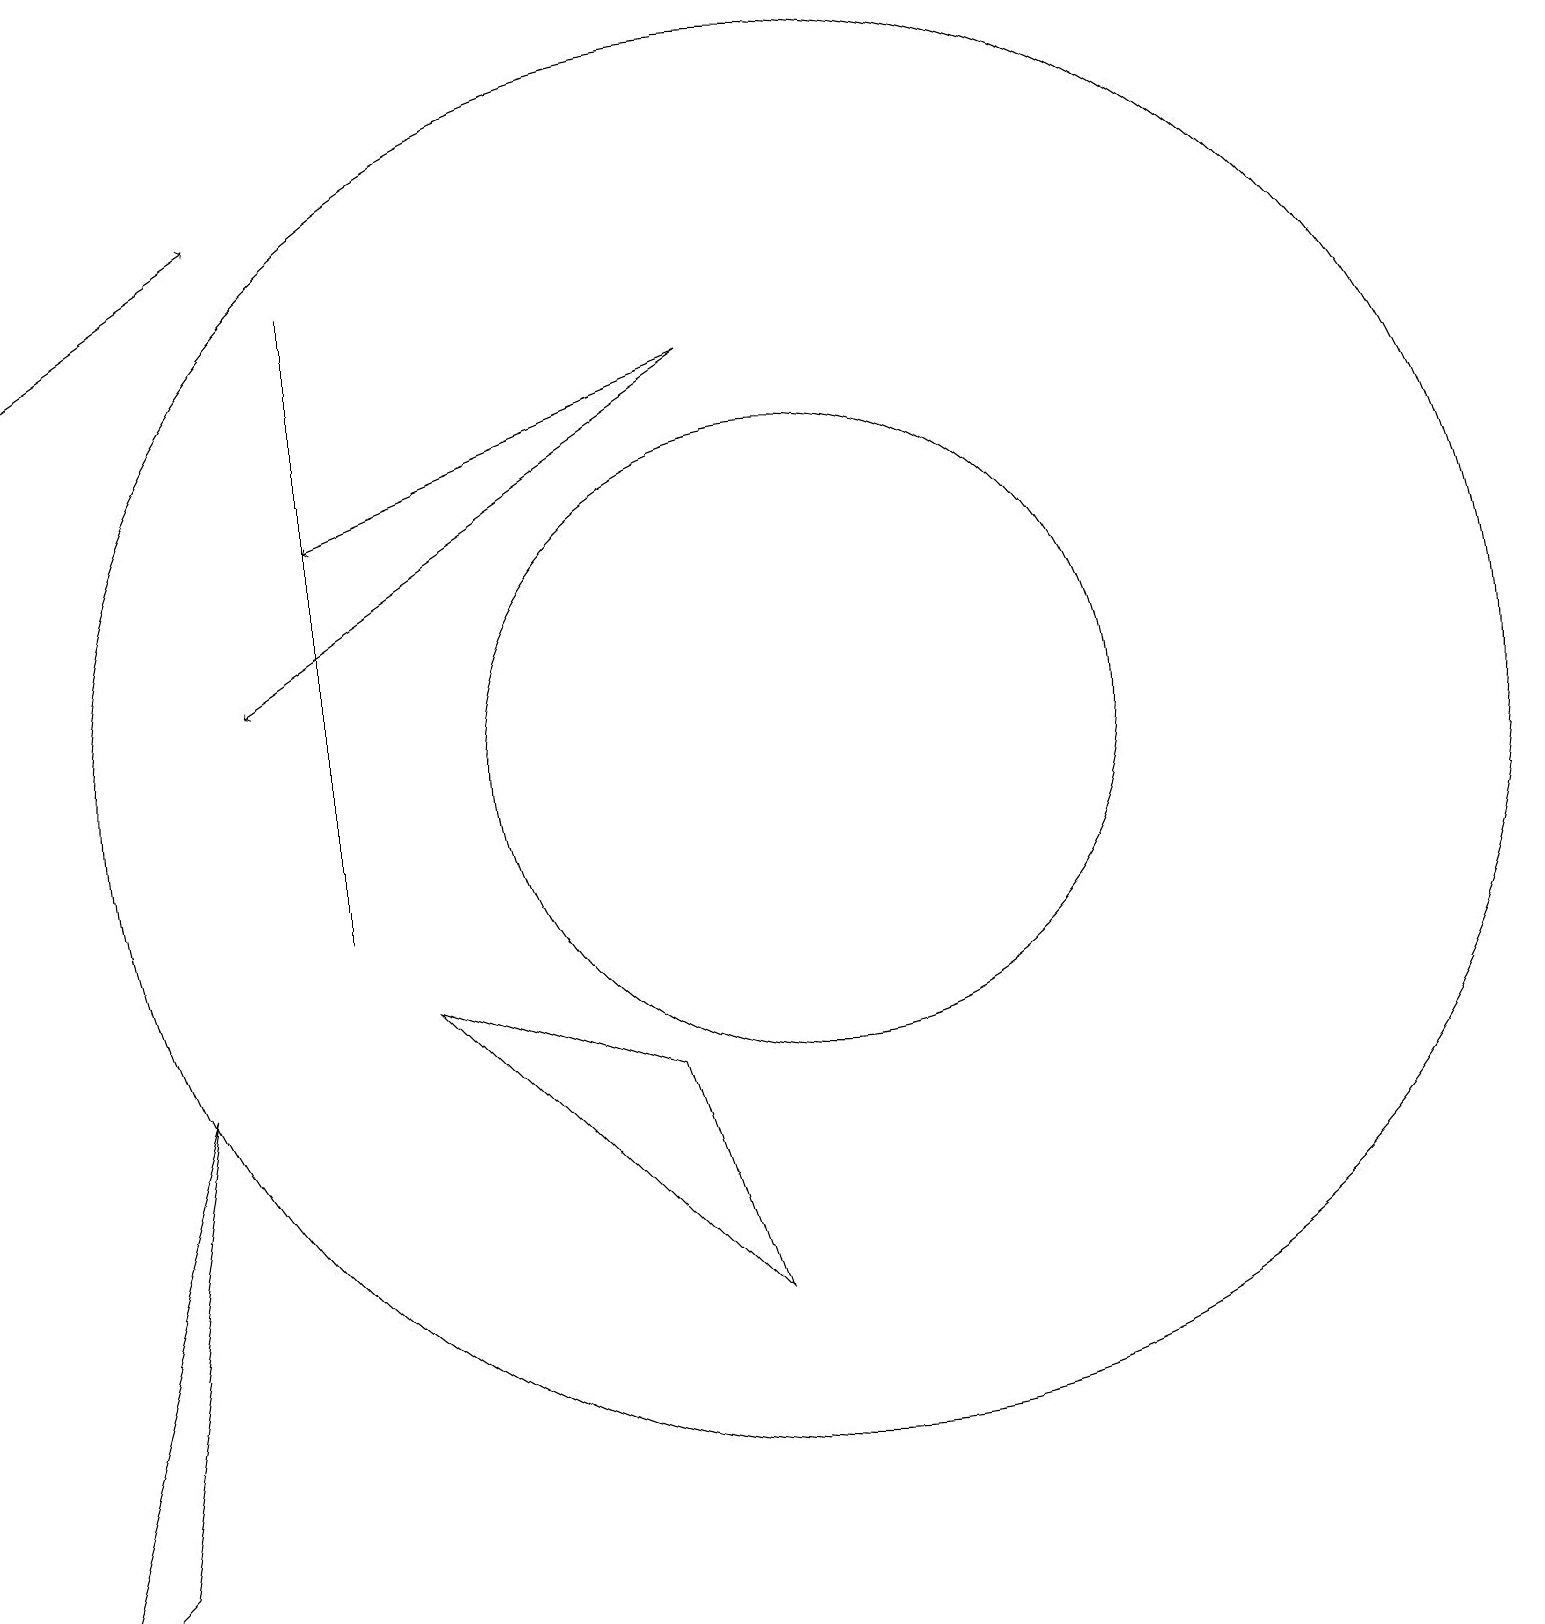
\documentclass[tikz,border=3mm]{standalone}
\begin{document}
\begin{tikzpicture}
\draw[->] (9,17) -- (3,13);
\draw (0,1) -- (2,8) -- (1,2) -- cycle;
\draw[->] (0,17) -- (3,19);
\draw (10,12) circle (4);
\draw (4,18) rectangle (4,10);
\draw (10,12) circle (9);
\draw[->] (9,17) -- (4,15);
\draw (8,8) -- (9,5) -- (5,9) -- cycle;
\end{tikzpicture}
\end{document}